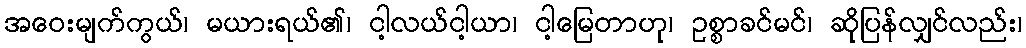
အဝေးမျက်ကွယ်၊ မယားရယ်၏၊ ငါ့လယ်ငါ့ယာ၊ ငါ့မြေတာဟု၊ ဥစ္စာခင်မင်၊ ဆိုပြန်လျှင်လည်း၊